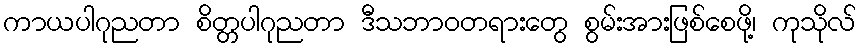
ကာယပါဂုညတာ စိတ္တပါဂုညတာ ဒီသဘာဝတရားတွေ စွမ်းအားဖြစ်စေဖို့၊ ကုသိုလ်